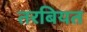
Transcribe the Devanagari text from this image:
तरबियत